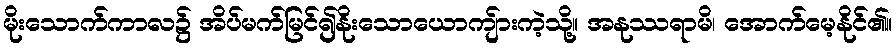
မိုးသောက်ကာလ၌ အိပ်မက်မြင်၍နိုးသောယောကျ်ားကဲ့သို့။ အနုဿရာမိ၊ အောက်မေ့နိုင်၏။